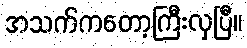
အသက်ကတော့ကြီးလှပြီ။